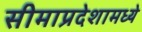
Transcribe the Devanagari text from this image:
सीमाप्रदेशामध्ये